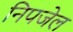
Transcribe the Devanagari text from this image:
निपजेल